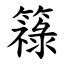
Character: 簶